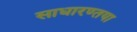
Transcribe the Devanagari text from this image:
साधारण्तया